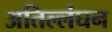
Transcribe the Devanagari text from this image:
अतिल्लंघन